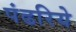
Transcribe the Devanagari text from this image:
पंढरिये